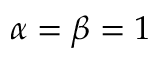
\alpha = \beta = 1